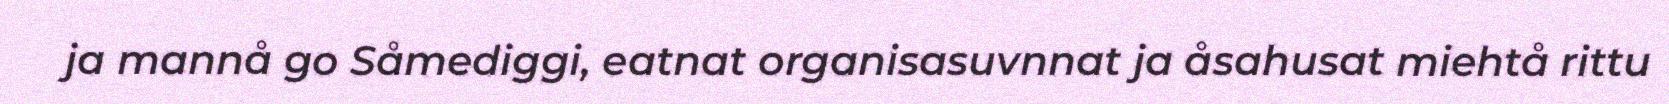
ja mannå go Såmediggi, eatnat organisasuvnnat ja åsahusat miehtå rittu